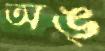
অঙ্